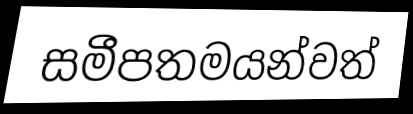
සමීපතමයන්වත්